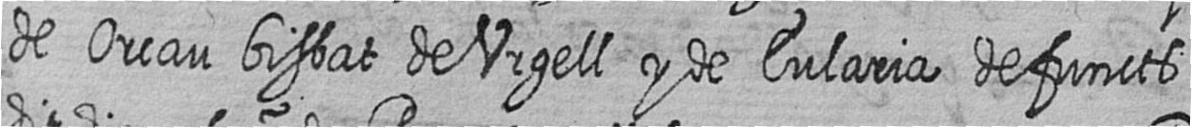
de Orcau bisbat de Urgell y de Eularia defuncts